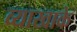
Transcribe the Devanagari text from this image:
व्याखाके